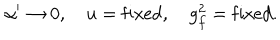
LaTeX: \alpha ^ { \prime } \rightarrow 0 , \quad u = \mathrm { f i x e d } , \quad g _ { f } ^ { 2 } = \mathrm { f i x e d } .